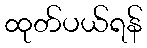
ထုတ်ပယ်ရန်